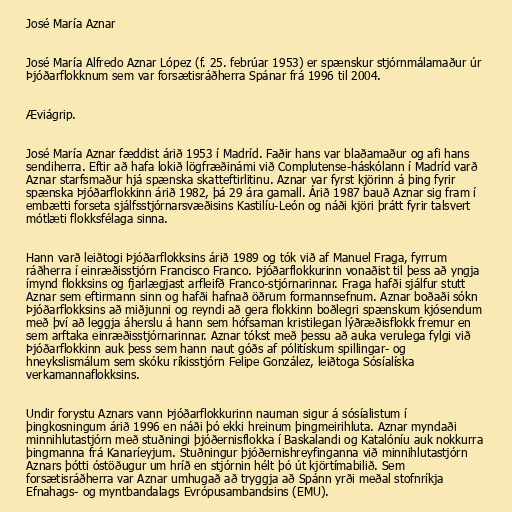
José María Aznar

José María Alfredo Aznar López (f. 25. febrúar 1953) er spænskur stjórnmálamaður úr
Þjóðarflokknum sem var forsætisráðherra Spánar frá 1996 til 2004.

Æviágrip.

José María Aznar fæddist árið 1953 í Madríd. Faðir hans var blaðamaður og afi hans
sendiherra. Eftir að hafa lokið lögfræðinámi við Complutense-háskólann í Madríd varð
Aznar starfsmaður hjá spænska skatteftirlitinu. Aznar var fyrst kjörinn á þing fyrir
spænska Þjóðarflokkinn árið 1982, þá 29 ára gamall. Árið 1987 bauð Aznar sig fram í
embætti forseta sjálfsstjórnarsvæðisins Kastilíu-León og náði kjöri þrátt fyrir talsvert
mótlæti flokksfélaga sinna.

Hann varð leiðtogi Þjóðarflokksins árið 1989 og tók við af Manuel Fraga, fyrrum
ráðherra í einræðisstjórn Francisco Franco. Þjóðarflokkurinn vonaðist til þess að yngja
ímynd flokksins og fjarlægjast arfleifð Franco-stjórnarinnar. Fraga hafði sjálfur stutt
Aznar sem eftirmann sinn og hafði hafnað öðrum formannsefnum. Aznar boðaði sókn
Þjóðarflokksins að miðjunni og reyndi að gera flokkinn boðlegri spænskum kjósendum
með því að leggja áherslu á hann sem hófsaman kristilegan lýðræðisflokk fremur en
sem arftaka einræðisstjórnarinnar. Aznar tókst með þessu að auka verulega fylgi við
Þjóðarflokkinn auk þess sem hann naut góðs af pólitískum spillingar- og
hneykslismálum sem skóku ríkisstjórn Felipe González, leiðtoga Sósíalíska
verkamannaflokksins.

Undir forystu Aznars vann Þjóðarflokkurinn nauman sigur á sósíalistum í
þingkosningum árið 1996 en náði þó ekki hreinum þingmeirihluta. Aznar myndaði
minnihlutastjórn með stuðningi þjóðernisflokka í Baskalandi og Katalóníu auk nokkurra
þingmanna frá Kanaríeyjum. Stuðningur þjóðernishreyfinganna við minnihlutastjórn
Aznars þótti óstöðugur um hríð en stjórnin hélt þó út kjörtímabilið. Sem
forsætisráðherra var Aznar umhugað að tryggja að Spánn yrði meðal stofnríkja
Efnahags- og myntbandalags Evrópusambandsins (EMU).